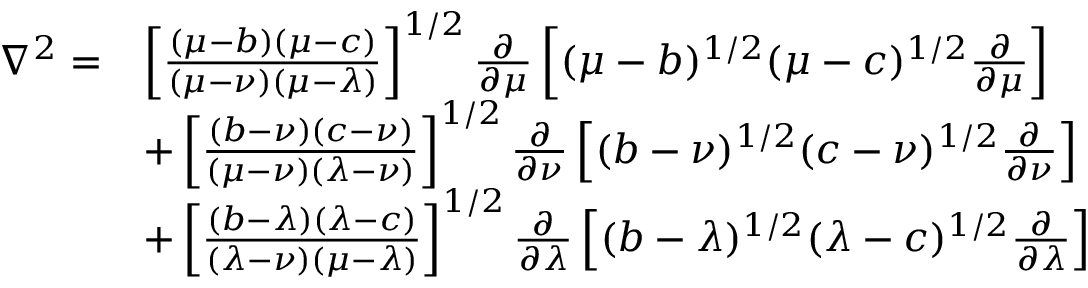
{ \begin{array} { r l } { \nabla ^ { 2 } = } & { \left[ { \frac { \left( \mu - b \right) \left( \mu - c \right) } { \left( \mu - \nu \right) \left( \mu - \lambda \right) } } \right] ^ { 1 / 2 } { \frac { \partial } { \partial \mu } } \left[ ( \mu - b ) ^ { 1 / 2 } ( \mu - c ) ^ { 1 / 2 } { \frac { \partial } { \partial \mu } } \right] } \\ & { + \left[ { \frac { \left( b - \nu \right) \left( c - \nu \right) } { \left( \mu - \nu \right) \left( \lambda - \nu \right) } } \right] ^ { 1 / 2 } { \frac { \partial } { \partial \nu } } \left[ ( b - \nu ) ^ { 1 / 2 } ( c - \nu ) ^ { 1 / 2 } { \frac { \partial } { \partial \nu } } \right] } \\ & { + \left[ { \frac { \left( b - \lambda \right) \left( \lambda - c \right) } { \left( \lambda - \nu \right) \left( \mu - \lambda \right) } } \right] ^ { 1 / 2 } { \frac { \partial } { \partial \lambda } } \left[ ( b - \lambda ) ^ { 1 / 2 } ( \lambda - c ) ^ { 1 / 2 } { \frac { \partial } { \partial \lambda } } \right] } \end{array} }